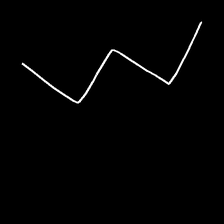
Glyph: crush